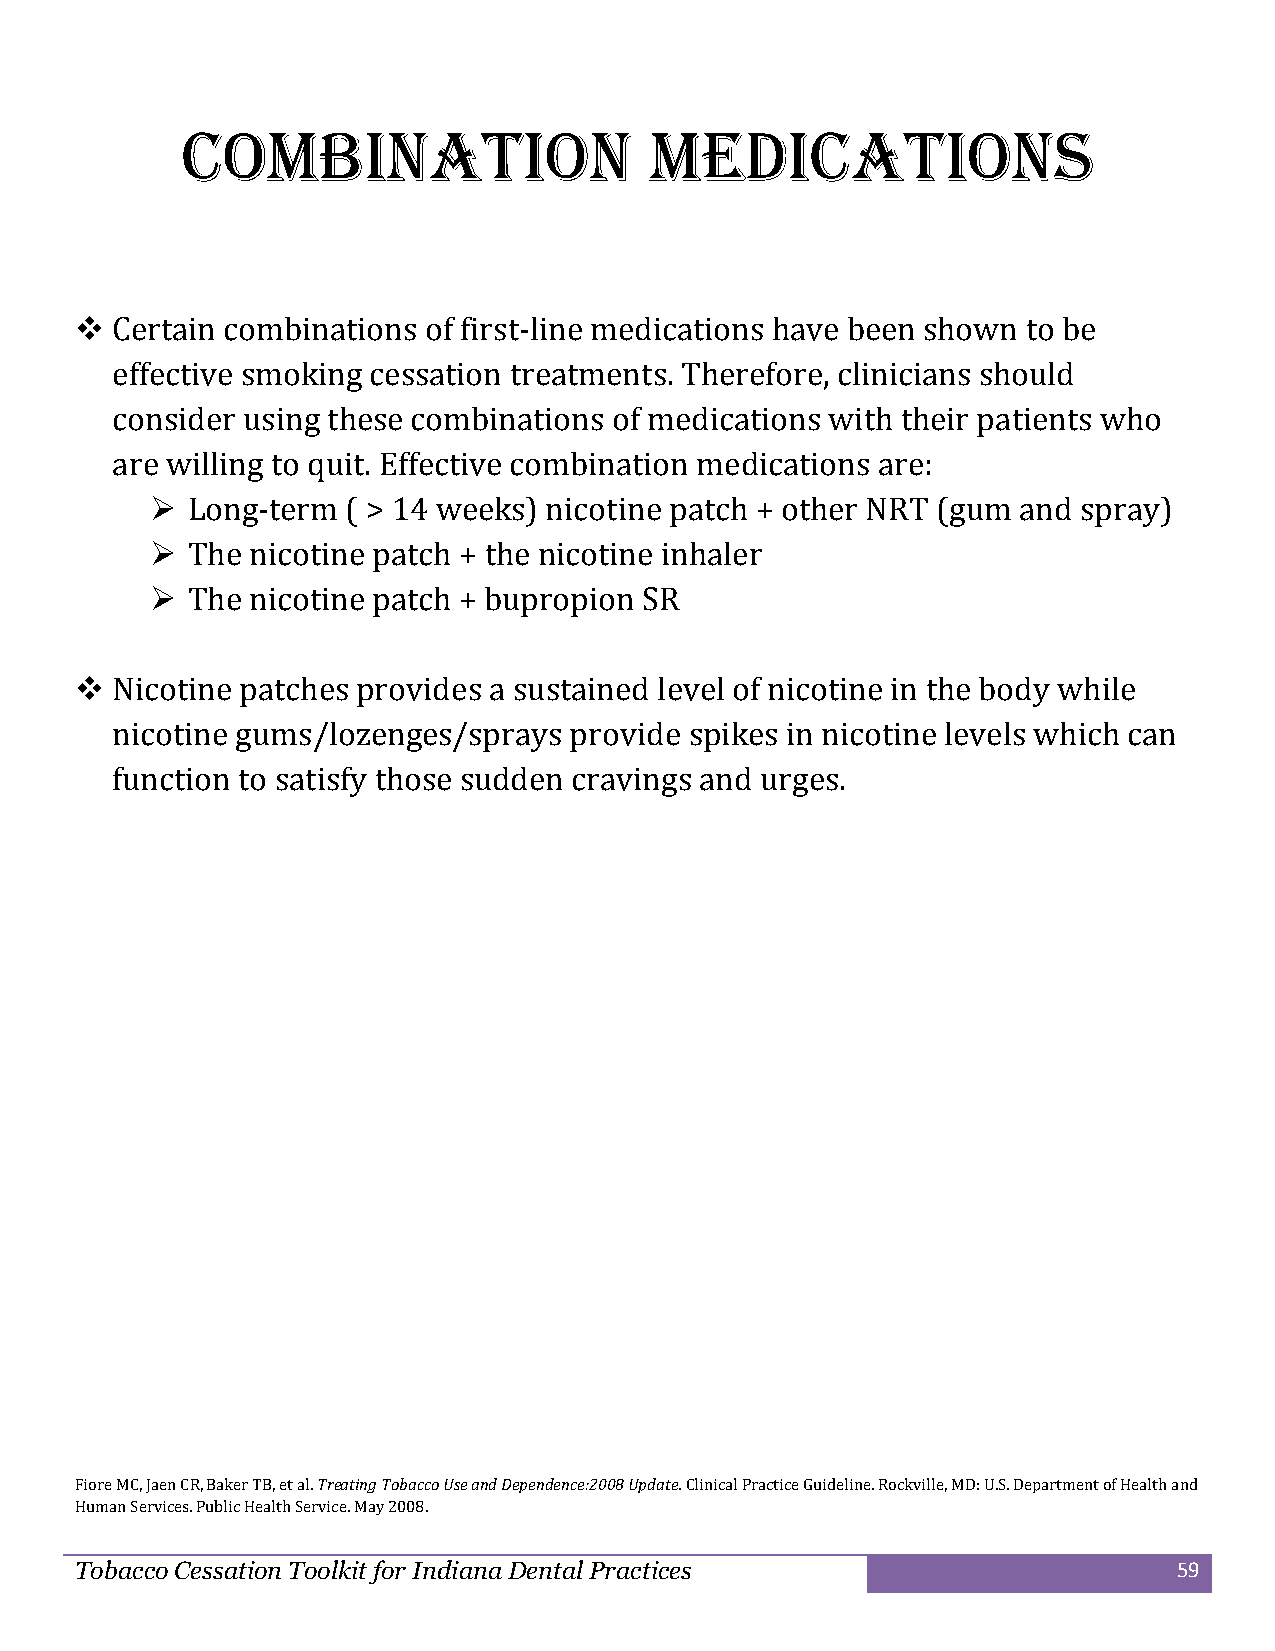
Combination                    medications
  Certain combinations of first-line medications have been shown to be
 effective smoking cessation treatments. Therefore, clinicians should
 consider using these combinations of medications with their patients who
 are willing to quit. Effective combination medications are:
  Long-term  ( > 14 weeks) nicotine patch + other NRT (gum and spray)
  The nicotine patch + the nicotine inhaler
  The nicotine patch + bupropion SR
  Nicotine patches provides a sustained level of nicotine in the body while
 nicotine gums/lozenges/sprays  provide spikes in nicotine levels which can
 function to satisfy those sudden cravings and urges.
 Fiore MC, Jaen CR, Baker TB, et al. Treating Tobacc o Use and Dependence:2008 Update. Clinica l Practice Guideline. Rockville, MD: U.S. Department of Health and
 Human Services. Public Health Service. May 2008.
 Tobacco Cessation Toolkit for Indiana Dental Practices                   59